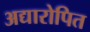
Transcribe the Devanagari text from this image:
अद्यारोपित